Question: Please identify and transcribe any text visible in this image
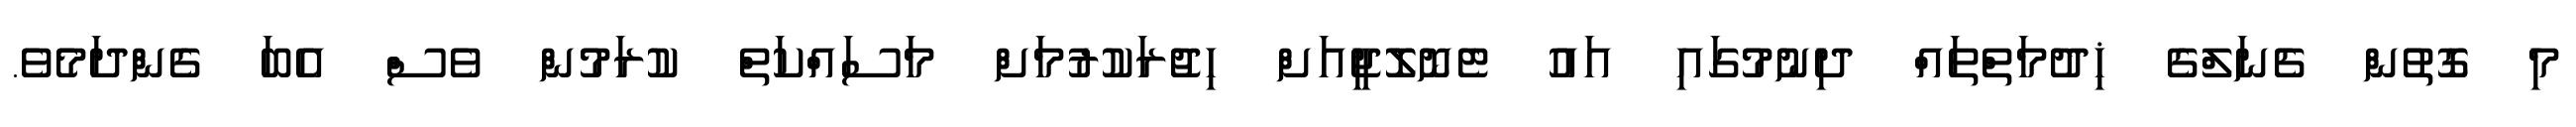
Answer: މި ގޮތުން ޗެނަލްގެ ޚިދުމަތްތައް ދިނުމުގައި އައު ޓެނޮލޮޖީއަށް ހިޖުރަކުރުމަށް މަސައްކަތް ކުރަމުން ވެސް އެބަ ގެންދަމެވެ.